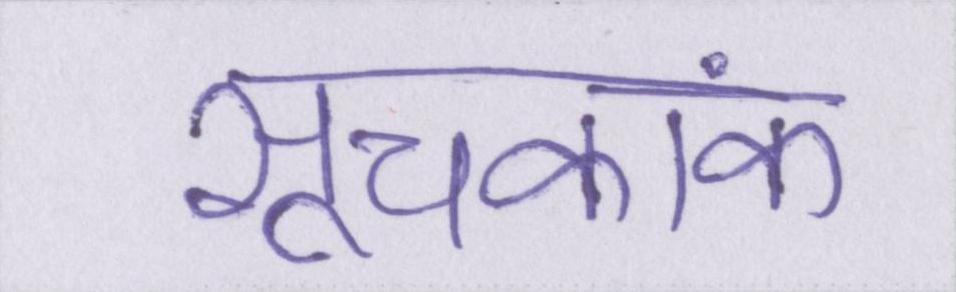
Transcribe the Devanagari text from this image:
सूचकांक